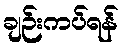
ချဉ်းကပ်ရန်